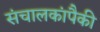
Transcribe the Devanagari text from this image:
संचालकांपैकी